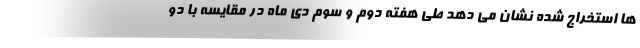
ها استخراج شده نشان می دهد طی هفته دوم و سوم دی ماه در مقایسه با دو